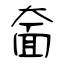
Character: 奤